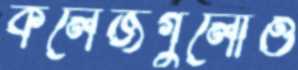
কলেজগুলোও